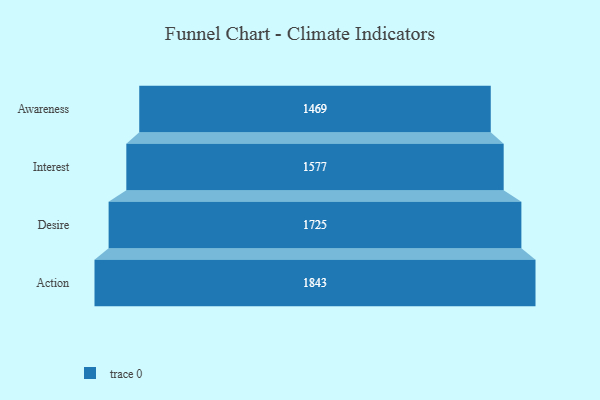
{"axis": {"x": "Stage", "y": "Value"}, "legend": [""], "data": [{"x": "Awareness", "y": 1469.0, "type": ""}, {"x": "Interest", "y": 1577.0, "type": ""}, {"x": "Desire", "y": 1725.0, "type": ""}, {"x": "Action", "y": 1843.0, "type": ""}]}